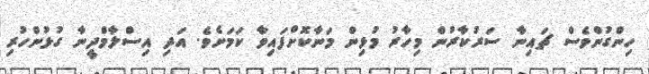
ހިންގުންވެސް ޗައިނާ ސަރުކާރުން މިހާރު މުޅިން މަނާކޮށްފައިވާ ކަމަށެވެ. އަދި އިސްލާމްދީނާ ގުޅުންހުރި